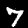
Digit: 7